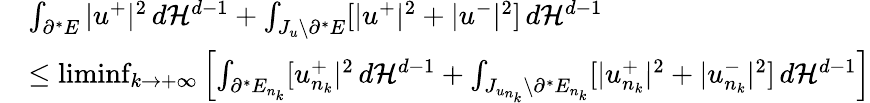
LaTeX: \begin{array}{rl}&{\int_{\partial^{*}E}|u^{+}|^{2}\, d{\mathcal{H}}^{d-1}+\int_{J_{u}\setminus\partial^{*}E}[|u^{+}|^{2}+|u^{-}|^{2}]\, d{\mathcal{H}}^{d-1}}\\ &{\leq\operatorname*{liminf}_{k\to+\infty}\left[\int_{\partial^{*}E_{n_{k}}}[u_{n_{k}}^{+}|^{2}\, d{\mathcal{H}}^{d-1}+\int_{J_{u_{n_{k}}}\setminus\partial^{*}E_{n_{k}}}[|u_{n_{k}}^{+}|^{2}+|u_{n_{k}}^{-}|^{2}]\, d{\mathcal{H}}^{d-1}\right]}\end{array}